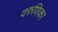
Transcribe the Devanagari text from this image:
वरुणिका